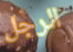
الرجل